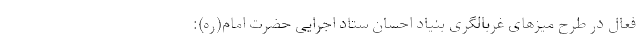
فعال در طرح میزهای غربالگری بنیاد احسان ستاد اجرایی حضرت امام(ره):